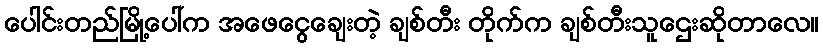
ပေါင်းတည်မြို့ပေါ်က အဖေငွေချေးတဲ့ ချစ်တီး တိုက်က ချစ်တီးသူဌေးဆိုတာလေ။